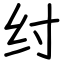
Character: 纣